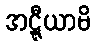
အဋ္ဋီယာမိ